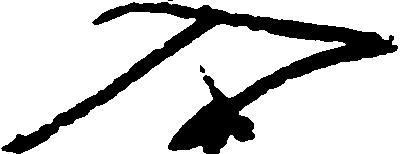
入